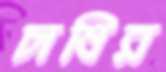
চাষির